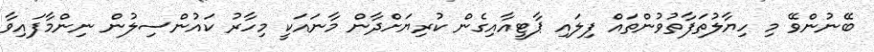
ބޭނުންވޭ މި ހިޔާލުތަފާތުވުންތައް ފިލައި ޕާޓީއާއިގެން ކުރިޔަށްދާން މާނައަކީ މިހާރު ކައުންސިލުން ނިންމާފައިވާ